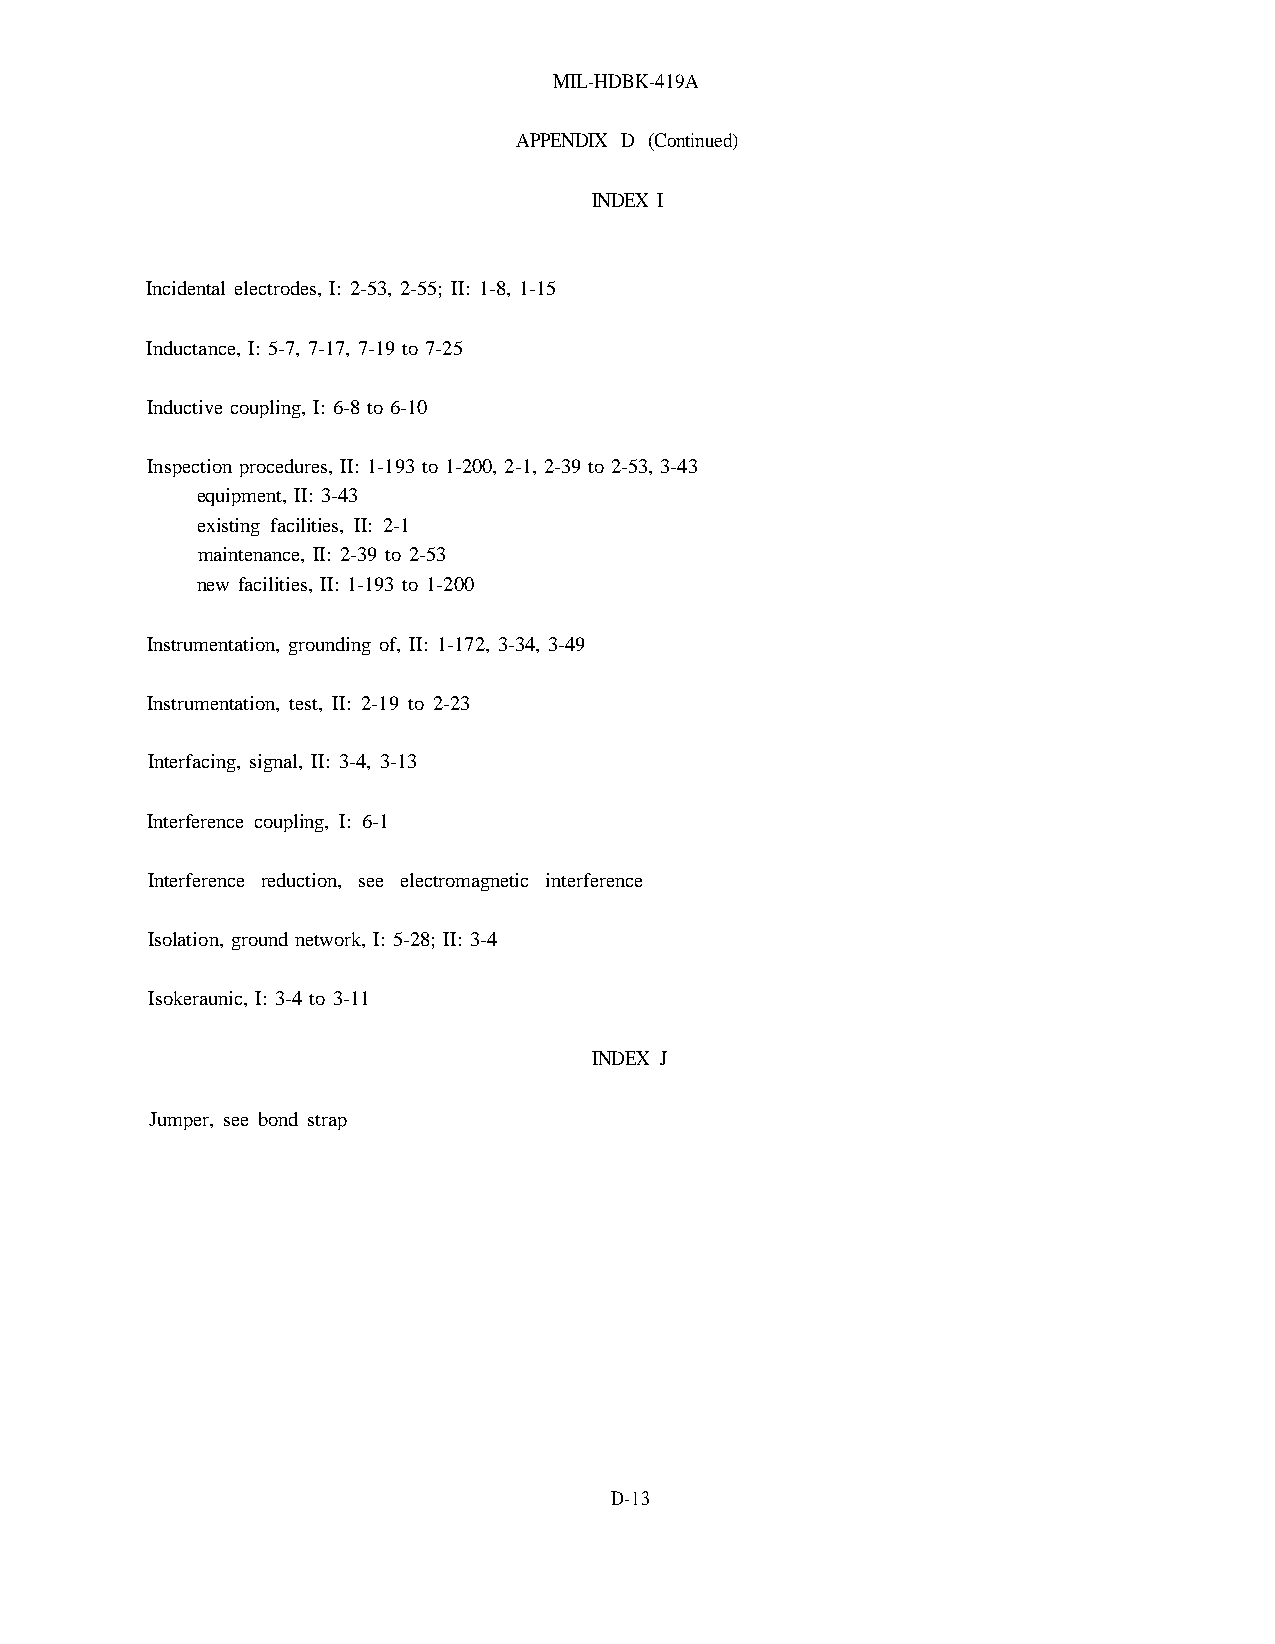
MIL-HDBK-419A
 APPENDIX D (Continued)
 INDEX I
 Incidental electrodes, I: 2-53, 2-55; II: 1-8, 1-15
 Inductance, I: 5-7, 7-17, 7-19 to 7-25
 Inductive coupling, I: 6-8 to 6-10
 Inspection procedures, II: 1-193 to 1-200, 2-1, 2-39 to 2-53, 3-43
 equipment, II: 3-43
 existing facilities, II: 2-1
 maintenance, II: 2-39 to 2-53
 new facilities, II: 1-193 to 1-200
 Instrumentation, grounding of, II: 1-172, 3-34, 3-49
 Instrumentation, test, II: 2-19 to 2-23
 Interfacing, signal, II: 3-4, 3-13
 Interference coupling, I: 6-1
 Interference reduction, see electromagnetic interference
 Isolation, ground network, I: 5-28; II: 3-4
 Isokeraunic, I: 3-4 to 3-11
 INDEX J
 Jumper, see bond strap
 D-13